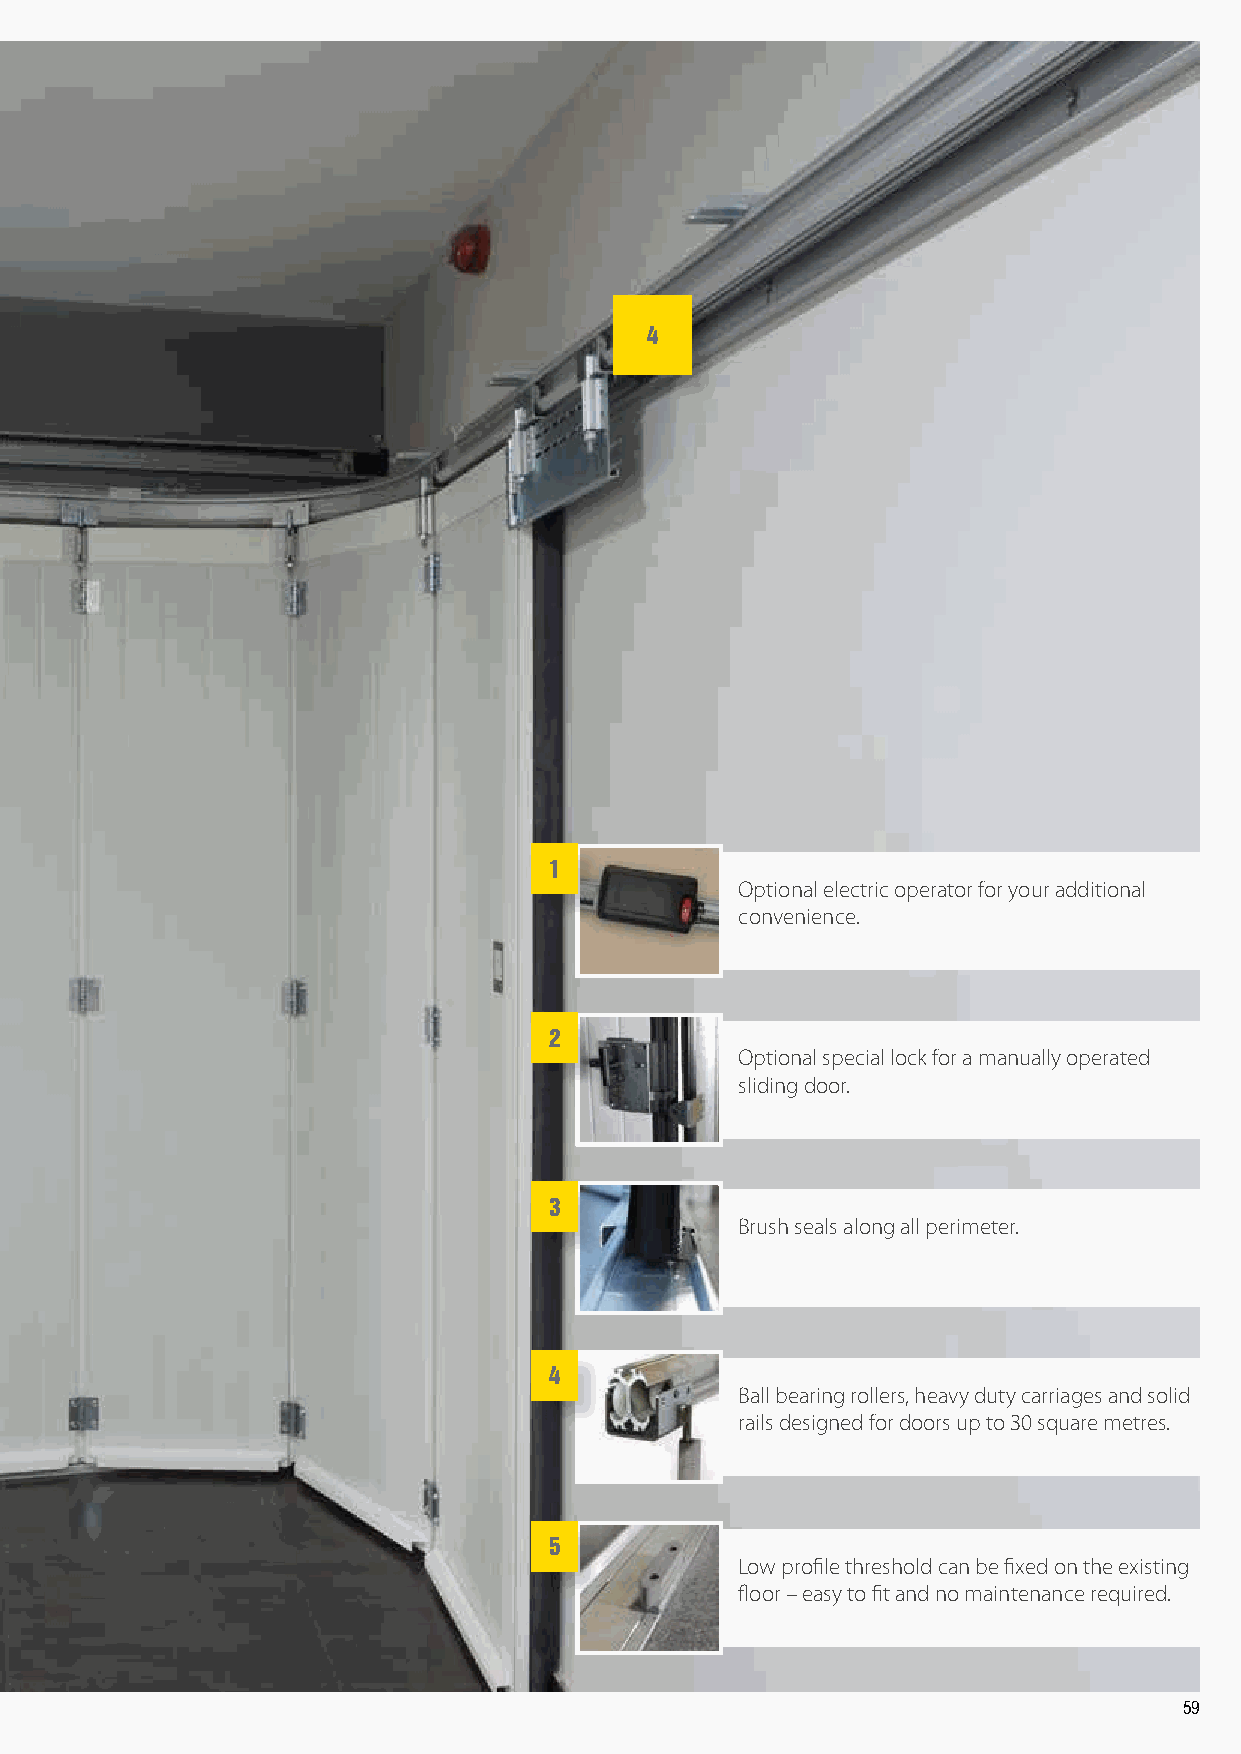
4
 1
 Optional electric operator for your additional
 convenience.
 2
 Optional special lock for a manually operated
 sliding door.
 3
 Brush seals along all perimeter.
 4
 Ball bearing rollers, heavy duty carriages and solid
 rails designed for doors up to 30 square metres.
 5
 Low profile threshold can be fixed on the existing
 floor – easy to fit and no maintenance required.
 59